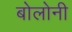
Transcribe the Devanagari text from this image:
बोलोनी